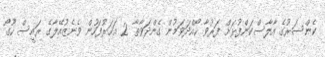
ކެންސަރުގެ އާލާސްކަންފުޅަށް ފަރުވާ ހޯއްދަވަމުން ގެންދަވާތާ 2 އަހަރުފަހުން ވެނެޒުއޭލާގެ ރައީސް ހޫގޯ